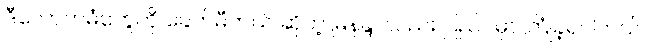
ဒီလောကဓံတွေကို ခေတ်မီတယ် ဆိုတဲ့ မြနန္ဒာလည်း ပြည်ပမှာ ကြုံခဲ့ရပါတယ်။